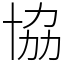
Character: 協